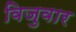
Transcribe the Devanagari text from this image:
विजुवार